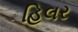
હિલર